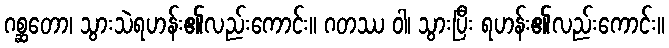
ဂစ္ဆတော၊ သွားသဲရဟန်း၏လည်းကောင်း။ ဂတဿ ဝါ၊ သွားပြီး ရဟန်း၏လည်းကောင်း။